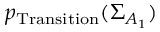
p _ { \mathrm { T r a n s i t i o n } } ( \Sigma _ { A _ { 1 } } )